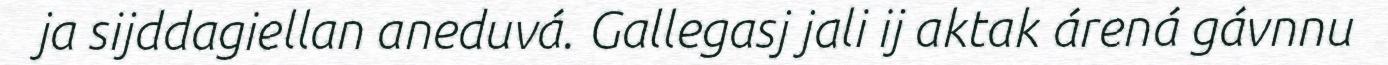
ja sijddagiellan aneduvá. Gallegasj jali ij aktak árená gávnnu